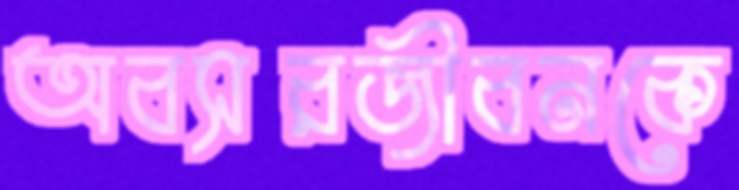
অবসরজীবনকে